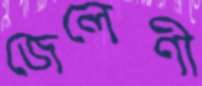
জেলেণী